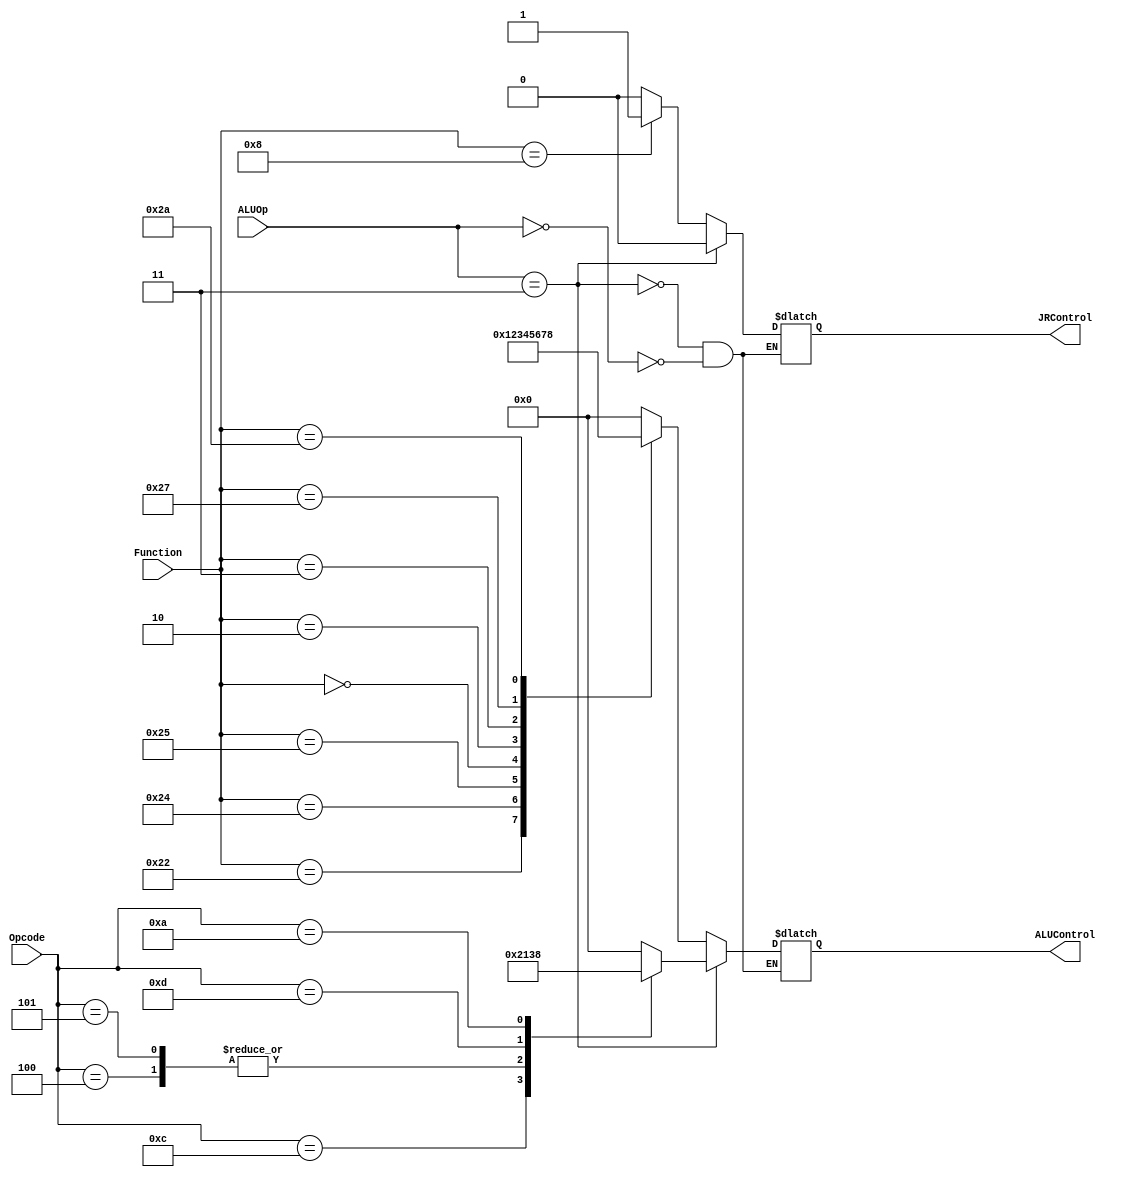
`timescale 1ns / 1ps
//////////////////////////////////////////////////////////////////////////////////
// Company: 
// Engineer: 
// 
// Design Name: 
// Module Name:    Alucontrol 
// Project Name: 
// Target Devices: 
// Tool versions: 
// Description: 
//
// Dependencies: 
//
// Revision: 
// Revision 0.01 - File Created
// Additional Comments: 
//
//////////////////////////////////////////////////////////////////////////////////
module ALUControl_Block(
	output reg[3:0] ALUControl,output reg JRControl,input [5:0]Opcode,
 	input [1:0] ALUOp, input[5:0] Function);
always @ (Function or ALUOp or Opcode)
begin
if(ALUOp==2'b00)
begin
casex (Function)
 6'b100000: begin ALUControl<=4'b0000; JRControl<=1'b0; end //add
 6'b100010: begin ALUControl<=4'b0001; JRControl<=1'b0; end //sub
 6'b100100: begin ALUControl<=4'b0010; JRControl<=1'b0; end //and
 6'b100101: begin ALUControl<=4'b0011; JRControl<=1'b0; end //or
 6'b000000: begin ALUControl<=4'b0100; JRControl<=1'b0; end //sll
 6'b000010: begin ALUControl<=4'b0101; JRControl<=1'b0; end //srl
 6'b000011: begin ALUControl<=4'b0110; JRControl<=1'b0; end //sra
 6'b100111: begin ALUControl<=4'b0111; JRControl<=1'b0; end //nor
 6'b101010: begin ALUControl<=4'b1000; JRControl<=1'b0; end //slt
 6'b001000: begin ALUControl<=4'bxxxx; JRControl<=1'b1; end //jr
 default: begin ALUControl<=4'bxxxx; JRControl<=1'bx; end 
 endcase
 end
 if(ALUOp==2'b11)
	begin
		 casex (Opcode)
		6'b001000: begin ALUControl<=4'b0000; JRControl<=1'b0; end //addi
		6'b001100: begin ALUControl<=4'b0010; JRControl<=1'b0; end //andi
		6'b000100: begin ALUControl<=4'b0001; JRControl<=1'b0; end //beq
		6'b000101: begin ALUControl<=4'b0001; JRControl<=1'b0; end //bne
		6'b100011: begin ALUControl<=4'b0000; JRControl<=1'b0; end //lw
		6'b001101: begin ALUControl<=4'b0011; JRControl<=1'b0; end //ori
		6'b001010: begin ALUControl<=4'b1000; JRControl<=1'b0; end //slti
		6'b101011: begin ALUControl<=4'b0000; JRControl<=1'b0; end //sw
		default: begin ALUControl<=4'b0000; JRControl<=1'b0; end 
		endcase
	end
 end
endmodule